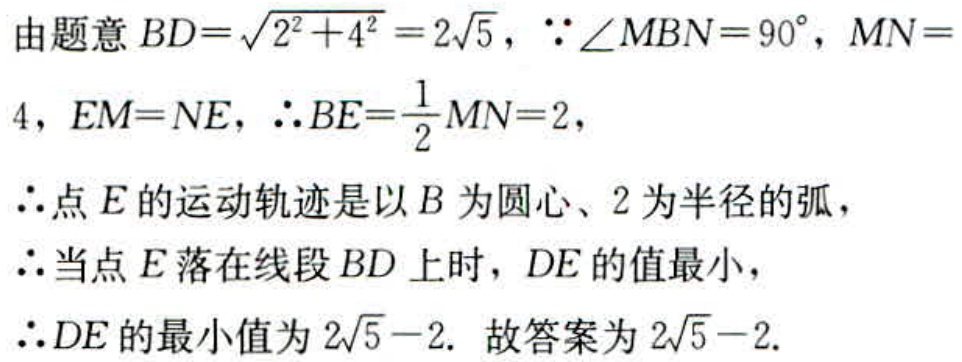
由题意 \(BD = \sqrt{2^{2}+4^{2}} = 2\sqrt{5}\)，\(\because \angle MBN = 90^{\circ}\)，\(MN = 4\)，\(EM = NE\)，\(\therefore BE=\frac{1}{2}MN = 2\)，
\(\therefore\)点 \(E\) 的运动轨迹是以 \(B\) 为圆心、\(2\) 为半径的弧，
\(\therefore\)当点 \(E\) 落在线段 \(BD\) 上时，\(DE\) 的值最小，
\(\therefore DE\) 的最小值为 \(2\sqrt{5}-2\). 故答案为 \(2\sqrt{5}-2\).